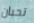
تحبان